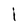
Character: I